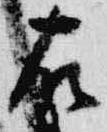
右